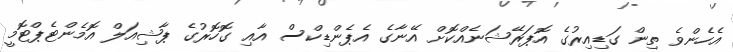
އެހެންވެ ތިން ގަޑިއިރުގެ އޮޕަރޭޝަނެއްކޮށް އޭނާގެ އެޕެންޑިކްސް އާއި ގޮހޮރުގެ ޕާޝިއަލް އޮމެންޓެޕްޓޮމީ